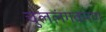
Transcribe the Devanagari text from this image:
चुललंगकरण